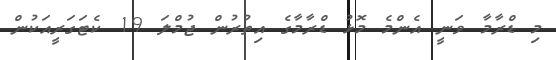
މި ޑްރާމާ ވަނީ އެންމެ މޮޅު ޑްރާމާގެ އިތުރުން ޖުމްލަ 19 ކެޓަގަރީއަކުން